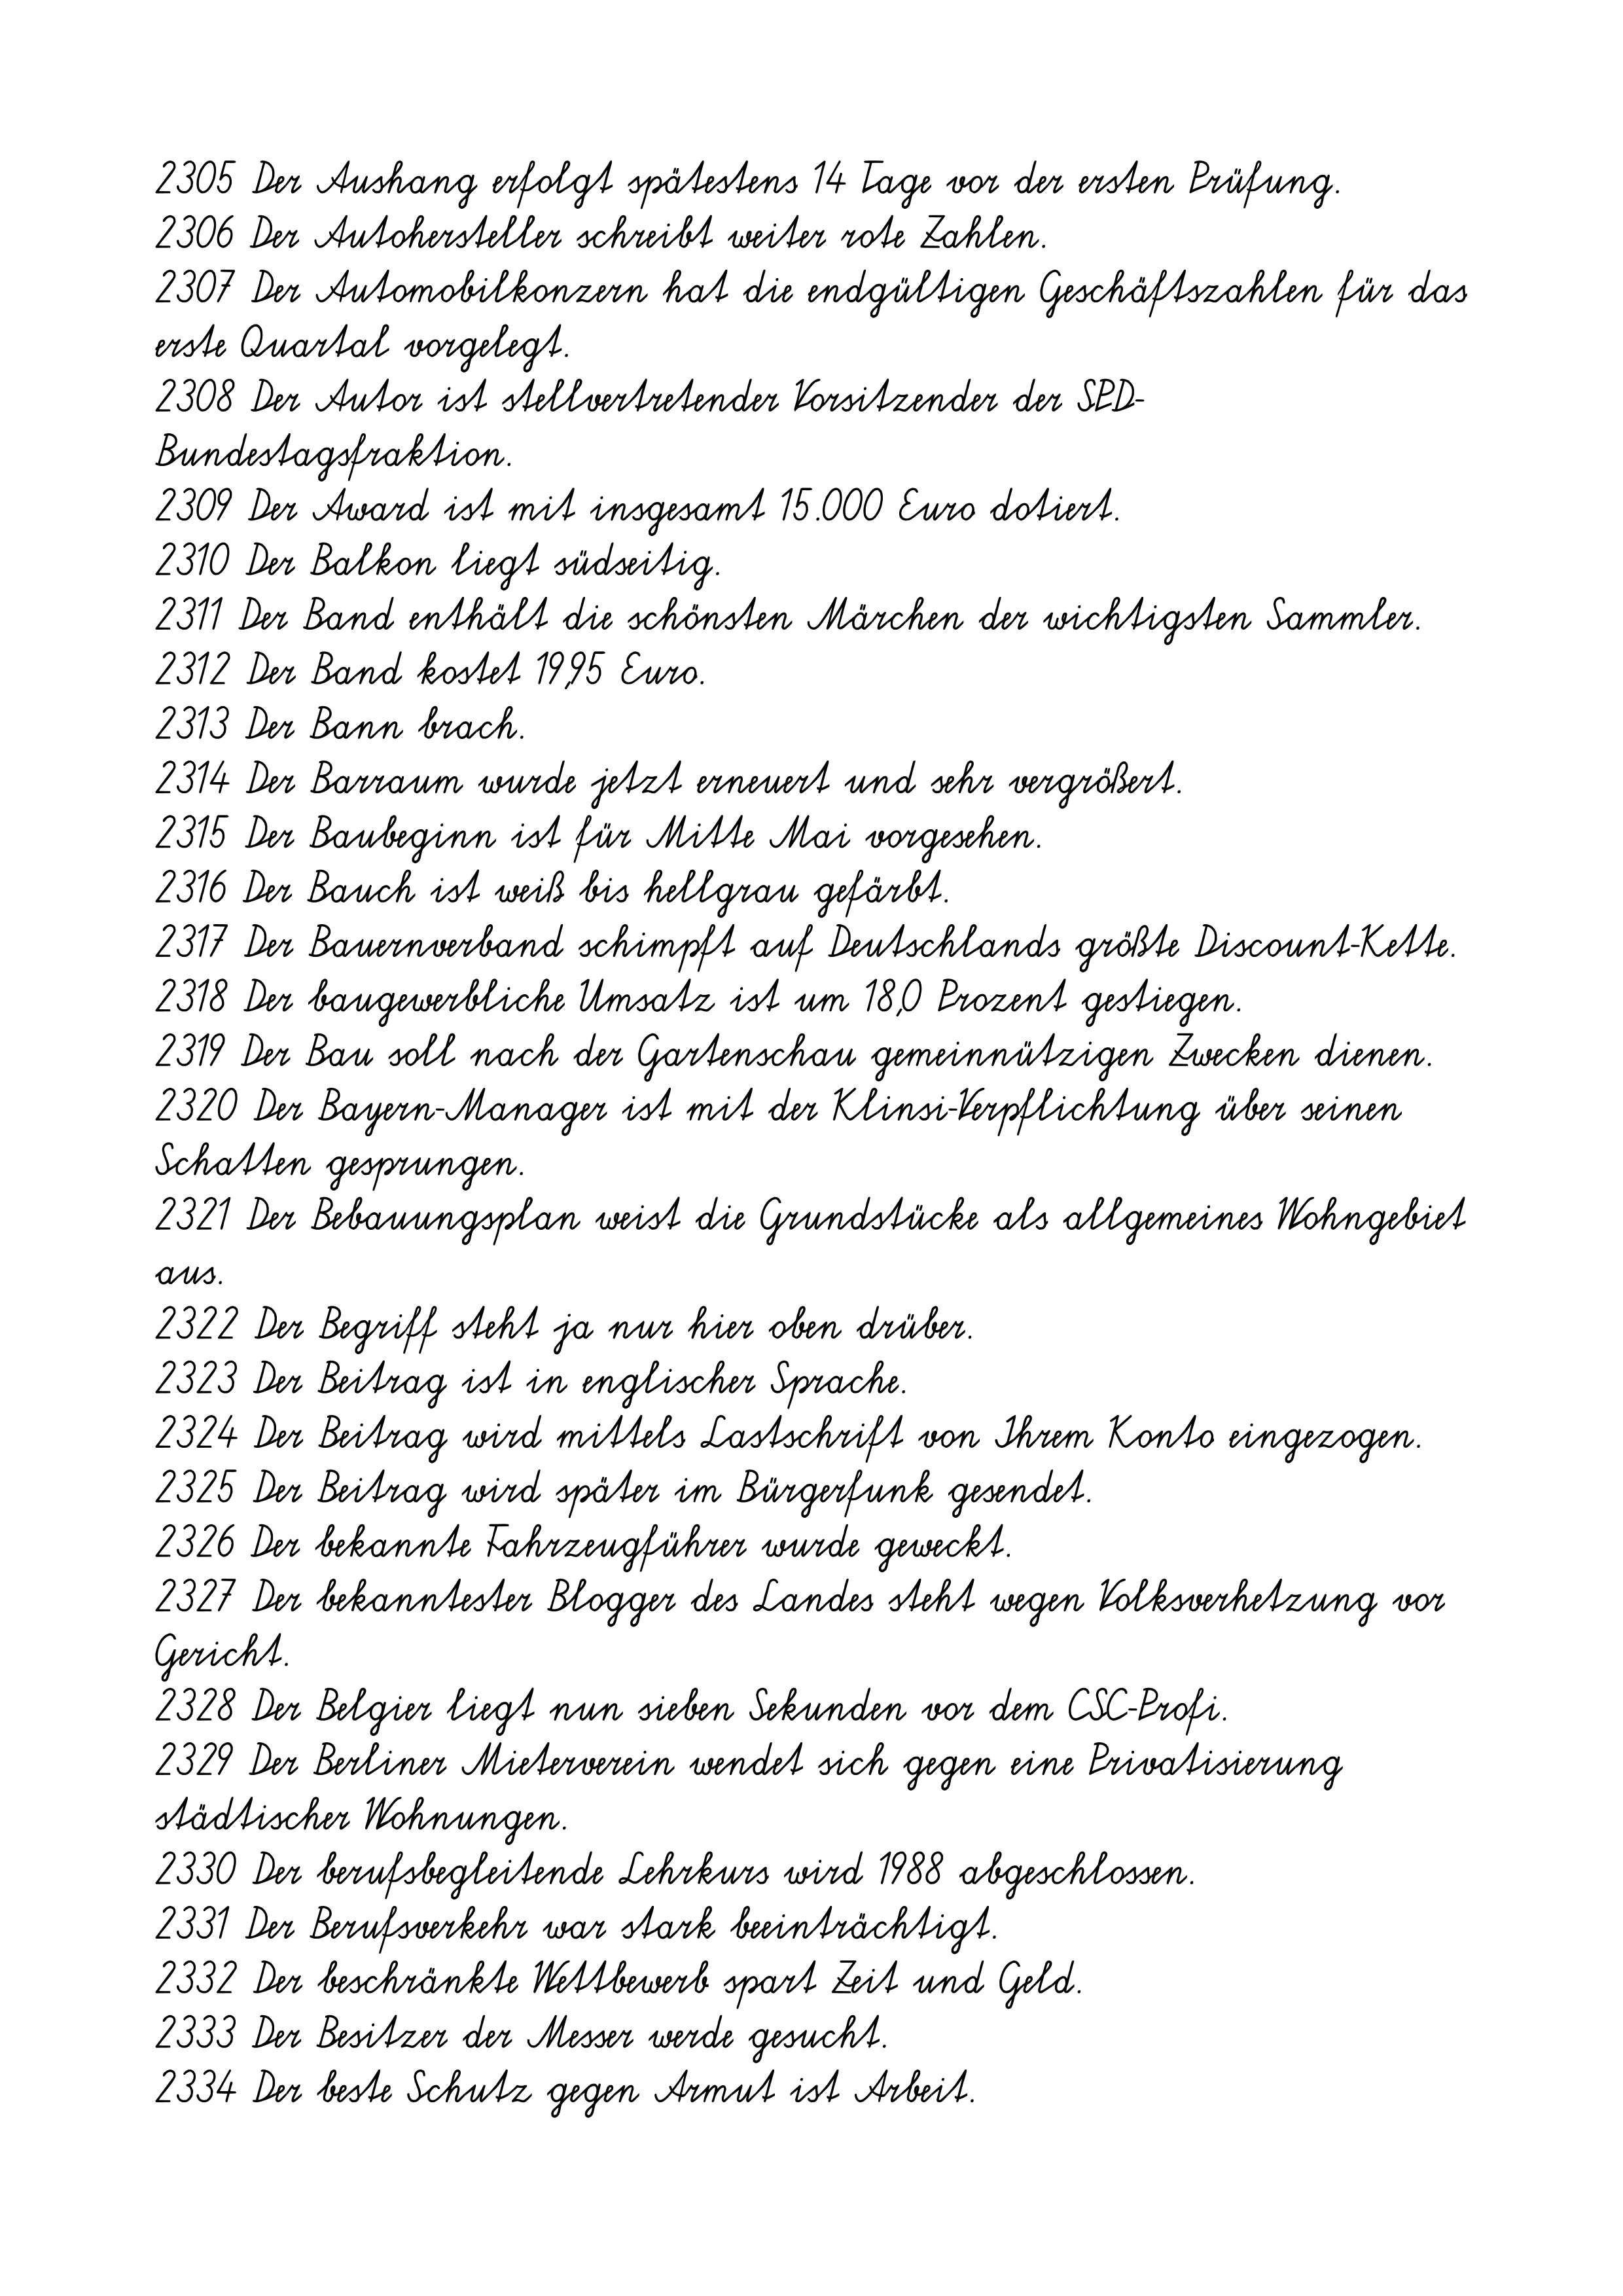
2305 Der Aushang erfolgt spätestens 14 Tage vor der ersten Prüfung.
2306 Der Autohersteller schreibt weiter rote Zahlen.
2307 Der Automobilkonzern hat die endgültigen Geschäftszahlen für das
erste Quartal vorgelegt.
2308 Der Autor ist stellvertretender Vorsitzender der SPD-
Bundestagsfraktion.
2309 Der Award ist mit insgesamt 15.000 Euro dotiert.
2310 Der Balkon liegt südseitig.
2311 Der Band enthält die schönsten Märchen der wichtigsten Sammler.
2312 Der Band kostet 19,95 Euro.
2313 Der Bann brach.
2314 Der Barraum wurde jetzt erneuert und sehr vergrößert.
2315 Der Baubeginn ist für Mitte Mai vorgesehen.
2316 Der Bauch ist weiß bis hellgrau gefärbt.
2317 Der Bauernverband schimpft auf Deutschlands größte Discount-Kette.
2318 Der baugewerbliche Umsatz ist um 18,0 Prozent gestiegen.
2319 Der Bau soll nach der Gartenschau gemeinnützigen Zwecken dienen.
2320 Der Bayern-Manager ist mit der Klinsi-Verpflichtung über seinen
Schatten gesprungen.
2321 Der Bebauungsplan weist die Grundstücke als allgemeines Wohngebiet
aus.
2322 Der Begriff steht ja nur hier oben drüber.
2323 Der Beitrag ist in englischer Sprache.
2324 Der Beitrag wird mittels Lastschrift von Ihrem Konto eingezogen.
2325 Der Beitrag wird später im Bürgerfunk gesendet.
2326 Der bekannte Fahrzeugführer wurde geweckt.
2327 Der bekanntester Blogger des Landes steht wegen Volksverhetzung vor
Gericht.
2328 Der Belgier liegt nun sieben Sekunden vor dem CSC-Profi.
2329 Der Berliner Mieterverein wendet sich gegen eine Privatisierung
städtischer Wohnungen.
2330 Der berufsbegleitende Lehrkurs wird 1988 abgeschlossen.
2331 Der Berufsverkehr war stark beeinträchtigt.
2332 Der beschränkte Wettbewerb spart Zeit und Geld.
2333 Der Besitzer der Messer werde gesucht.
2334 Der beste Schutz gegen Armut ist Arbeit.